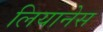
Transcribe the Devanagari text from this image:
लियानेस